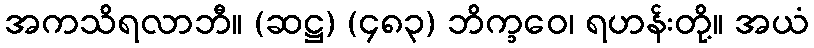
အကသိရလာဘီ။ (ဆဋ္ဌ) (၄၈၃) ဘိက္ခဝေ၊ ရဟန်းတို့။ အယံ